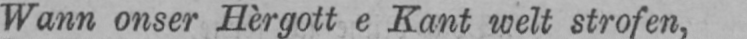
Wann onser Hèrgott e Kant welt strofen,